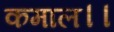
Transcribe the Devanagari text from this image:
कमाल।।